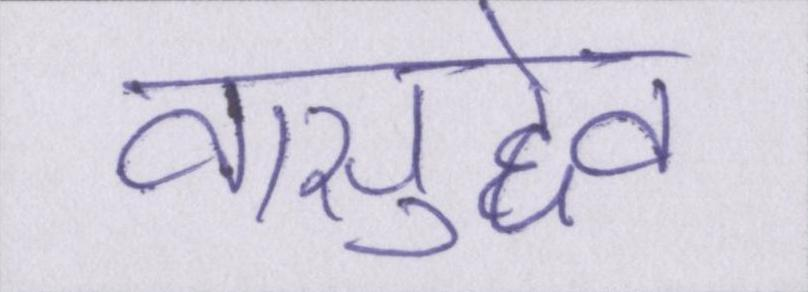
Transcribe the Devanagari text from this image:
वासुदेव